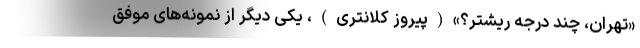
«تهران، چند درجه ریشتر؟»(پیروز کلانتری)، یکی دیگر از نمونه‌های موفق